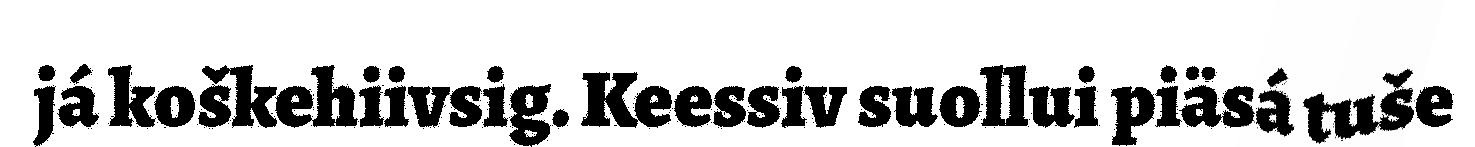
já koškehiivsig. Keessiv suollui piäsá tuše